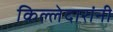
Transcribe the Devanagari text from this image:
किल्लेदारांनी